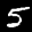
Label: 5